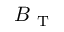
B _ { \mathrm { ~ T ~ } }